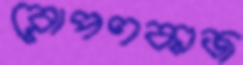
রোপণকাজ